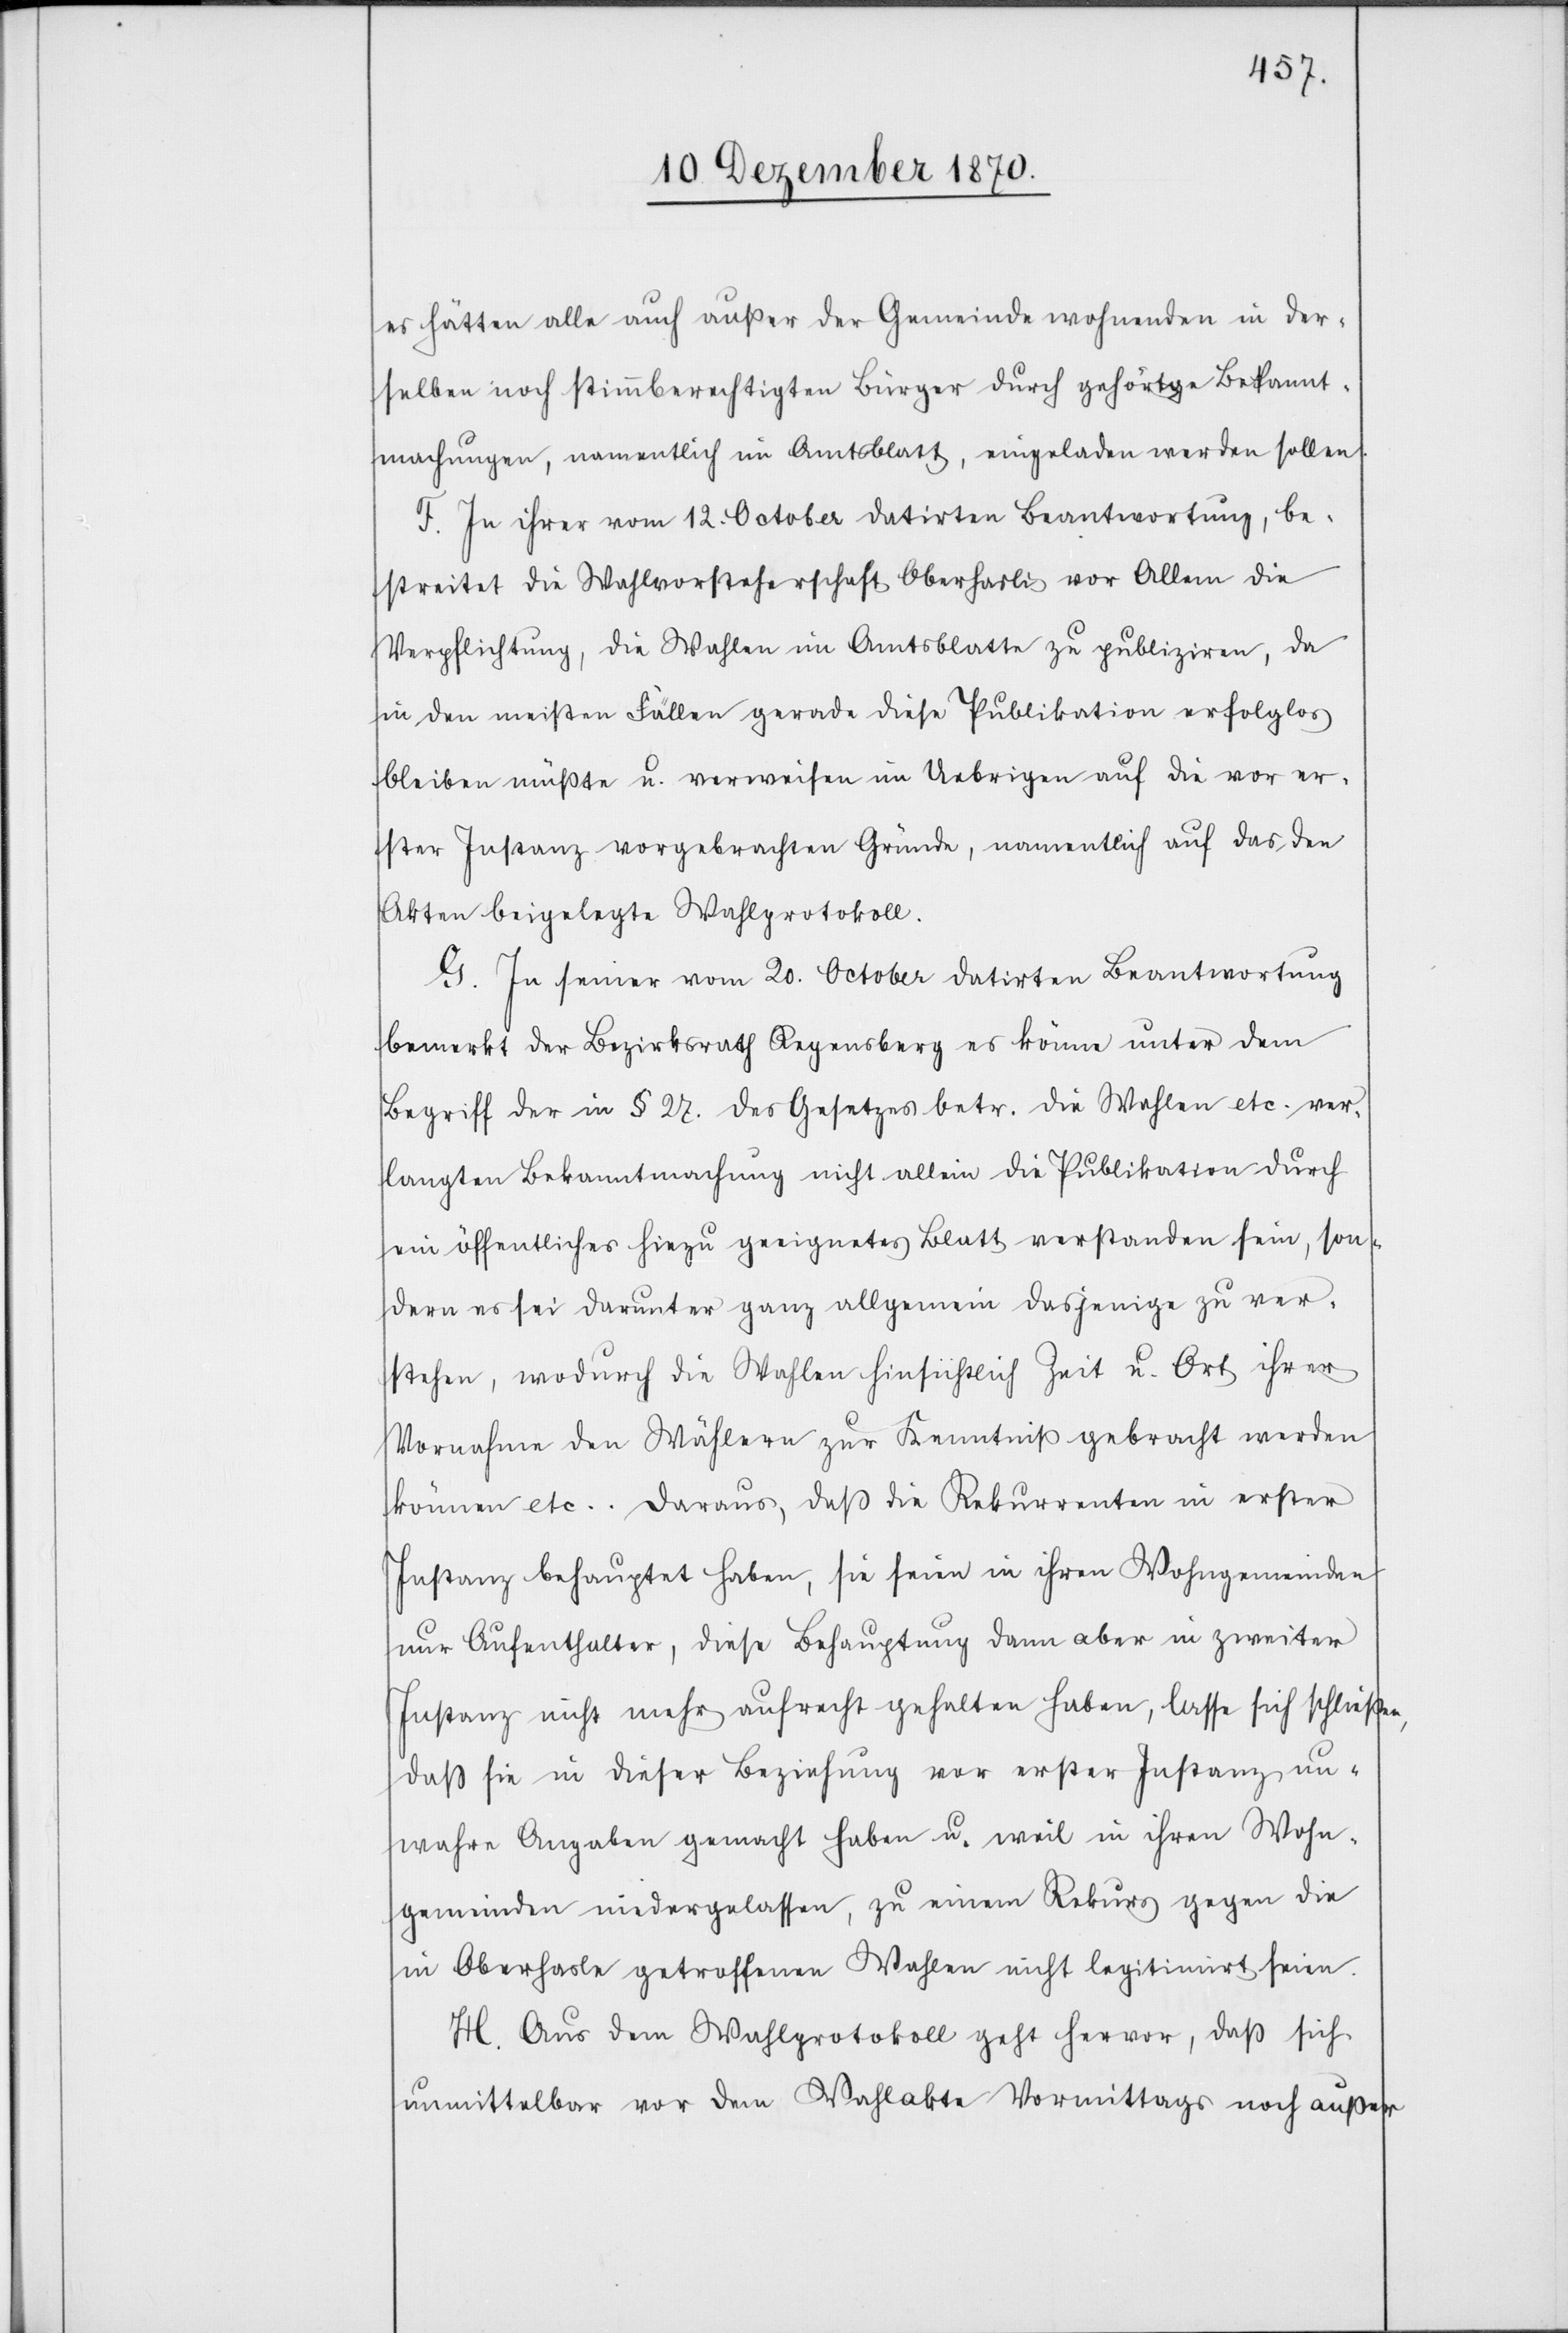
es hätten alle auch außer der Gemeinde wohnenden in der¬
selben noch steuerberechtigten Bürger durch gehörige Bekannt¬
machungen, namentlich im Amtsblatt, eingeladen werden sollen.
F. In ihrer vom 12. October datirten Beantwortung, be¬
streitet die Wahlvorsteherschaft Oberhasli vor Allem die
Verpflichtung, die Wahlen im Amtsblatte zu publiziren, da
in den meisten Fällen gerade diese Publikation erfolglos
bleiben müßte u. verweisen im Uebrigen auf die vor er¬
ster Instanz vorgebrachten Gründe, namentlich auf das den
Akten beigelegte Wahlprotokoll.
G. In seiner vom 20. October datirten Beantwortung
bemerkt der Bezirksrath Regensberg es könne unter dem
Begriff der in § 27. des Gesetzes betr. die Wahlen etc. ver¬
langten Bekanntmachung nicht allein die Publikation durch
ein öffentliches hiezu geeignetes Blatt verstanden sein, son¬
dern es sei darunter ganz allgemein dasjenige zu ver¬
stehen, wodurch die Wahlen hinsichtlich Zeit u. Ort ihrer
Vornahme den Wählern zur Kenntniß gebracht werden
können etc. Daraus, daß die Rekurrenten in erster
Instanz behauptet haben, sie seien in ihren Wohngemeinden
nur Aufenthalter, diese Behauptung dann aber in zweiter
Instanz nicht mehr aufrecht gehalten haben, lasse sich schließen,
daß sie in dieser Beziehung vor erster Instanz un¬
wahre Angaben gemacht haben u. weil in ihren Wohn¬
gemeinden niedergelassen, zu einem Rekurs gegen die
in Oberhasle getroffenen Wahlen nicht legitimirt seien.
H. Aus dem Wahlprotokoll geht hervor, daß sich
unmittelbar vor dem Wahlakte Vormittags noch außer